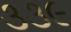
૩૩૯